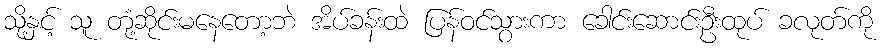
သို့နှင့် သူ တုံ့ဆိုင်းမနေတော့ဘဲ အိပ်ခန်းထဲ ပြန်ဝင်သွားကာ ခေါင်းဆောင်းဦးထုပ် ခလုတ်ကို